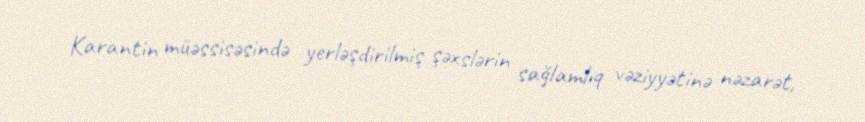
Karantin müəssisəsində yerləşdirilmiş şəxslərin sağlamlıq vəziyyətinə nəzarət,